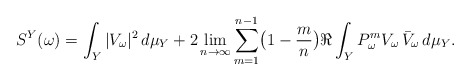
\begin{align*}S^Y(\omega)=\int_Y|V_{\omega}|^2\,d\mu_Y+ 2\lim_{n\to\infty}\sum_{m=1}^{n-1}\bigl(1-\frac{m}{n}\bigr)\Re\int_Y P_\omega^mV_{\omega}\,\bar V_{\omega}\,d\mu_Y.\end{align*}